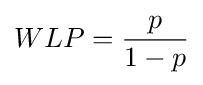
WLP={\frac {p}{1-p}}